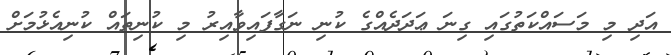
އަދި މި މަސައްކަތުގައި ގިނަ ޢަދަދެއްގެ ކުނި ނަގާފައިވާއިރު މި ކުނިތައް ކުނިއެޅުމަށް